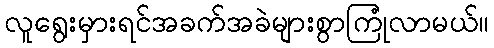
လူရွေးမှားရင်အခက်အခဲများစွာကြုံလာမယ်။